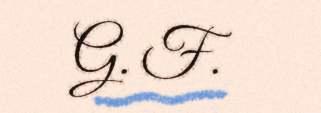
G. F.